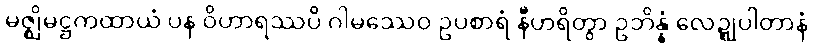
မဇ္ဈိမဋ္ဌကထာယံ ပန ဝိဟာရဿပိ ဂါမဿေဝ ဥပစာရံ နီဟရိတွာ ဥဘိန္နံ လေဍ္ဍုပါတာနံ